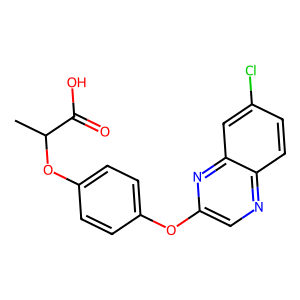
SMILES: CC(Oc1ccc(Oc2cnc3ccc(Cl)cc3n2)cc1)C(=O)O
Inhibits HIV replication: No